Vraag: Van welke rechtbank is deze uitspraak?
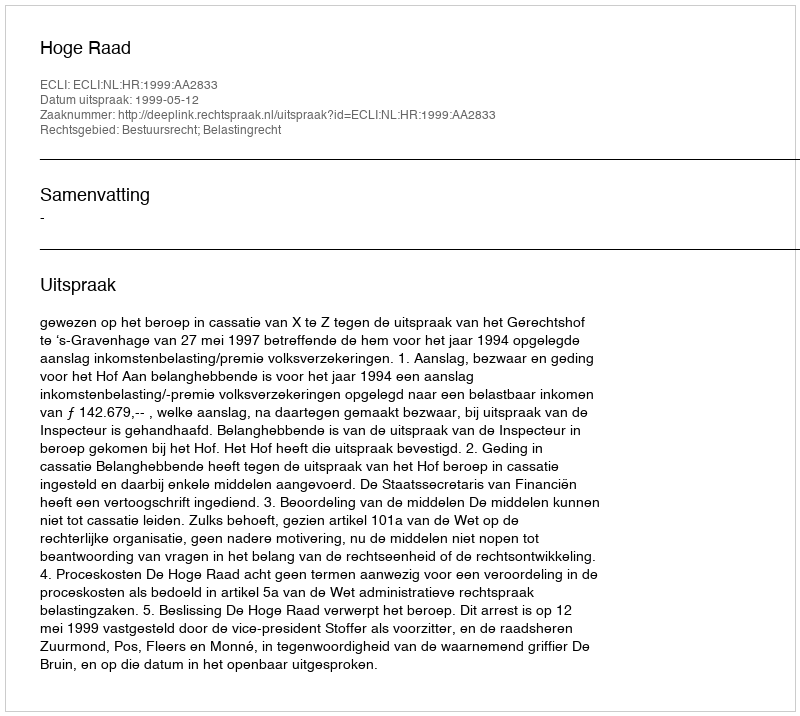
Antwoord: Hoge Raad